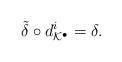
LaTeX: \begin{align*}\tilde \delta\circ d^{i}_{\mathcal K^{\bullet}} = \delta.\end{align*}